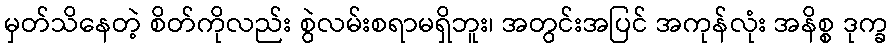
မှတ်သိနေတဲ့ စိတ်ကိုလည်း စွဲလမ်းစရာမရှိဘူး၊ အတွင်းအပြင် အကုန်လုံး အနိစ္စ ဒုက္ခ